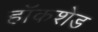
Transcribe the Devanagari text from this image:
हॉकशेड